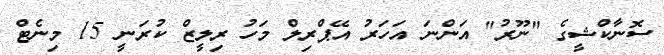
ސޮނާކްޝީގެ "ނޫރު" އަންނަ އަހަރު އޭޕްރިލް މަހު ރިލީޒް ކުރަނީ 15 މިނެޓް